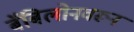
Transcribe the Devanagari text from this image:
बॅबिलोनवरून